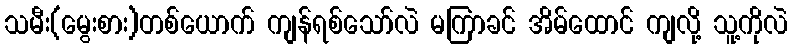
သမီး(မွေးစား)တစ်ယောက် ကျန်ရစ်သော်လဲ မကြာခင် အိမ်ထောင် ကျလို့ သူ့ကိုလဲ